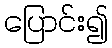
ပြောင်း၍